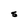
Character: 5